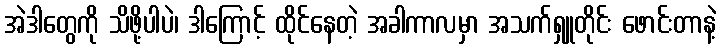
အဲဒါတွေကို သိဖို့ပါပဲ၊ ဒါကြောင့် ထိုင်နေတဲ့ အခါကာလမှာ အသက်ရှူတိုင်း ဖောင်းတာနဲ့